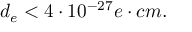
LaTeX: d _ { e } < 4 \cdot 1 0 ^ { - 2 7 } e \cdot c m .